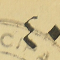
٤٠